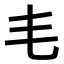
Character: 𣬛